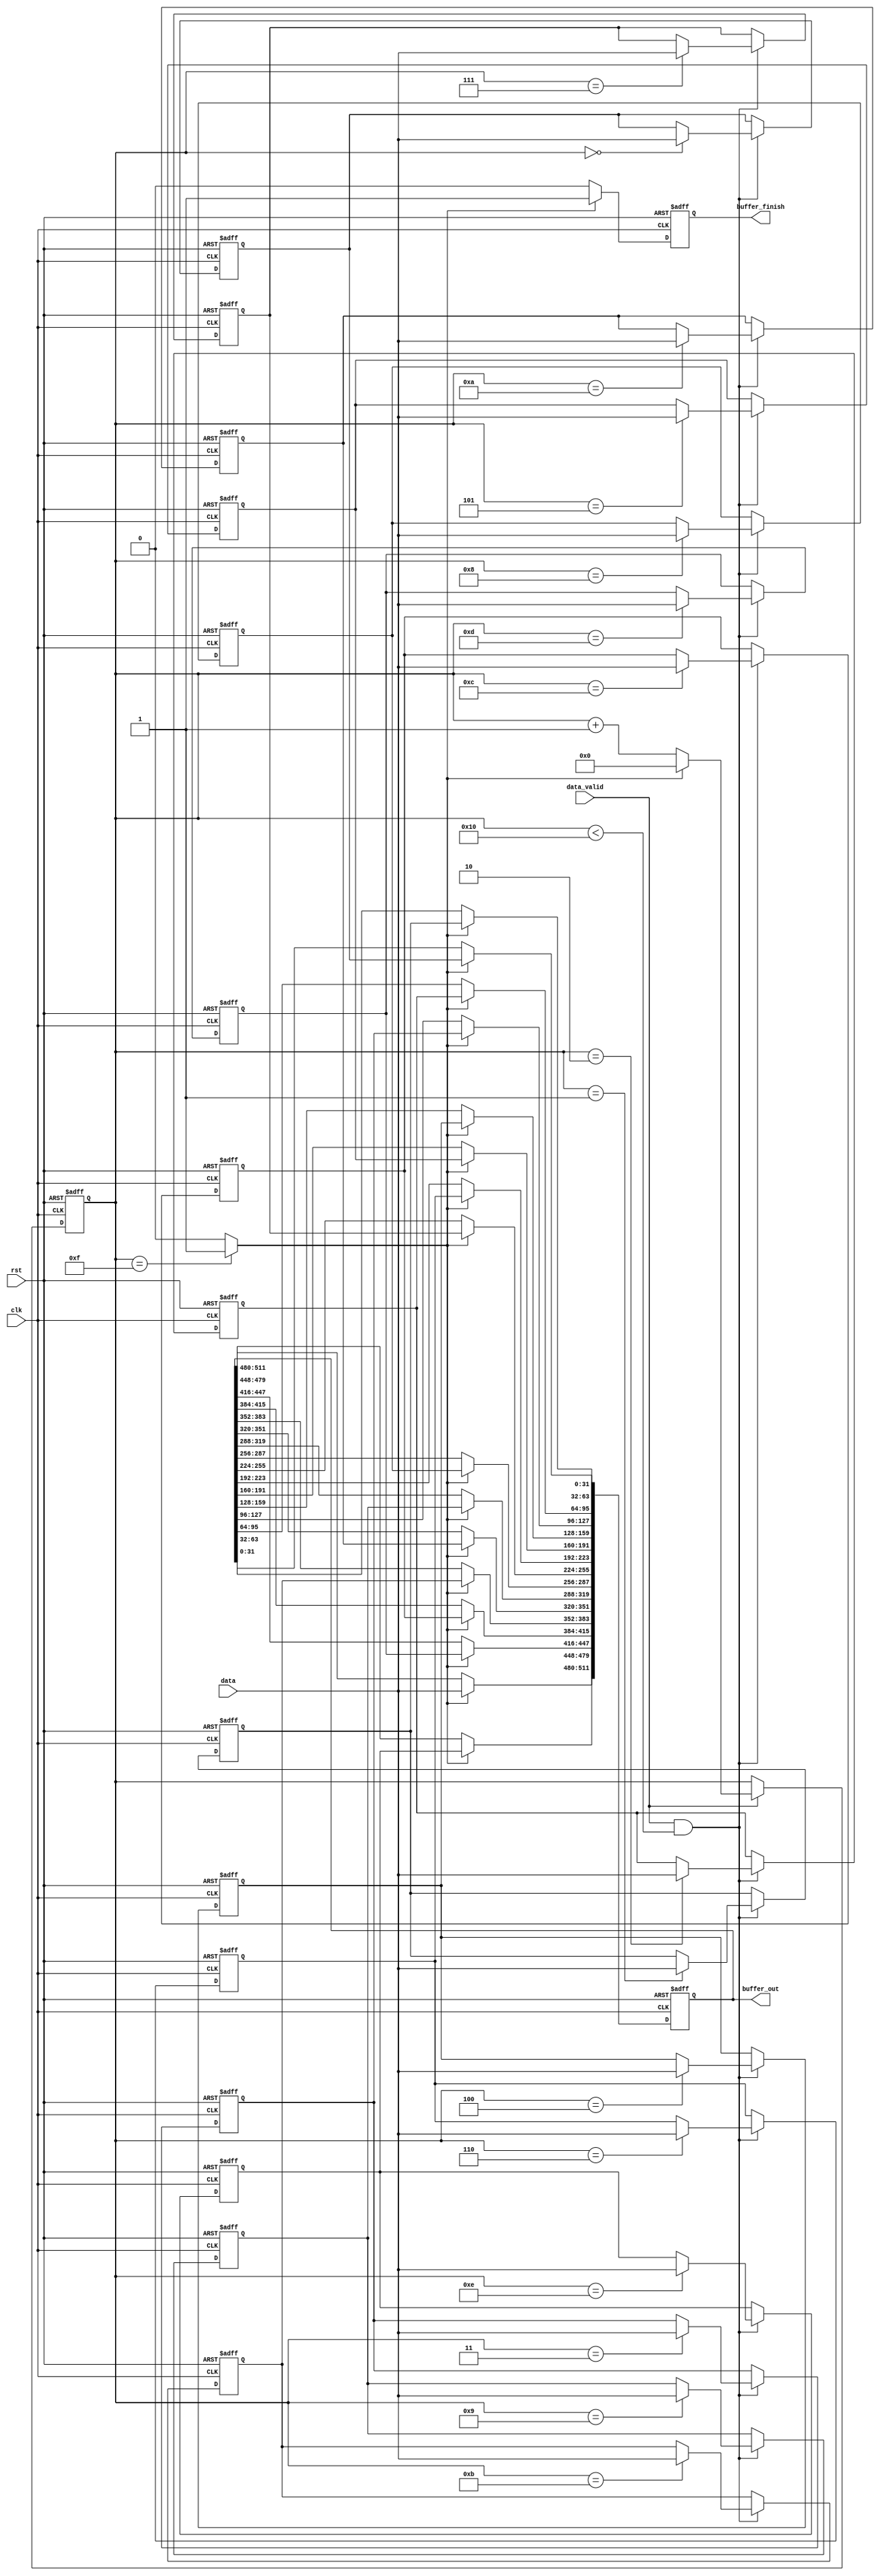
module Buffer #(
    parameter BUFFER_DEPTH = 16,
    parameter DATA_WIDTH   = 32
)(
    // Input Signal
    clk,
    rst,
    data_valid,
    data,
    // Output Signal
    buffer_finish,
    buffer_out
);

//---------------------------------------------------------------
// Input & Output Declaration
//---------------------------------------------------------------
input  clk;
input  rst;
input  data_valid;
input  [DATA_WIDTH-1:0] data;
output reg buffer_finish;
output reg [DATA_WIDTH * BUFFER_DEPTH-1:0] buffer_out;

//---------------------------------------------------------------
// Regs & Wires Declaration
//---------------------------------------------------------------
integer i, var;
wire receive_done;
reg  [3:0] counter;
reg  [DATA_WIDTH-1:0] buffer [0:BUFFER_DEPTH-2];

//---------------------------------------------------------------
// Flags & Counter
//---------------------------------------------------------------
//wire receive_done;
assign receive_done = (counter == BUFFER_DEPTH-1) ? 1'b1 : 1'b0;

//reg [16-1:0] buffer [0:14];
always @(posedge clk or posedge rst) begin
    if(rst) begin
        for(i = 0; i < BUFFER_DEPTH-1; i = i + 1) begin
            buffer[i] <= {DATA_WIDTH{1'b0}};
        end
    end else if(data_valid && counter < BUFFER_DEPTH) begin
        buffer[counter] <= data;
    end
end

//reg [3:0] counter;
always @(posedge clk or posedge rst) begin
    if(rst) counter <= 4'd0;
    else if(data_valid) begin
        counter <= (receive_done) ? 4'd0 : counter + 4'd1;
    end
end

//---------------------------------------------------------------
// Output Signal
//---------------------------------------------------------------
//reg  [16-1:0] buffer [0:BUFFER_DEPTH-1];
always @(posedge clk or posedge rst) begin
    if(rst) begin
        buffer_out <= {DATA_WIDTH * BUFFER_DEPTH{1'b0}};
    end else if(receive_done) begin
        for(var = 0; var < BUFFER_DEPTH-1; var = var + 1) begin
            buffer_out[var * DATA_WIDTH +: DATA_WIDTH] <= buffer[var];
        end
        buffer_out[DATA_WIDTH * (BUFFER_DEPTH-1) +: DATA_WIDTH] <= data;
    end
end

//output wire buffer_finish;
always @(posedge clk or posedge rst) begin
    if(rst) begin
        buffer_finish <= 1'b0;
    end else if(receive_done) begin
        buffer_finish <= 1'b1;
    end else begin
        buffer_finish <= 1'b0;
    end
end

endmodule